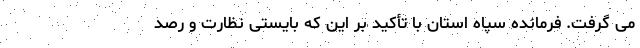
می گرفت. فرمانده سپاه استان با تأکید بر این که بایستی نظارت و رصد